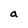
Character: a